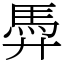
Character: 馵